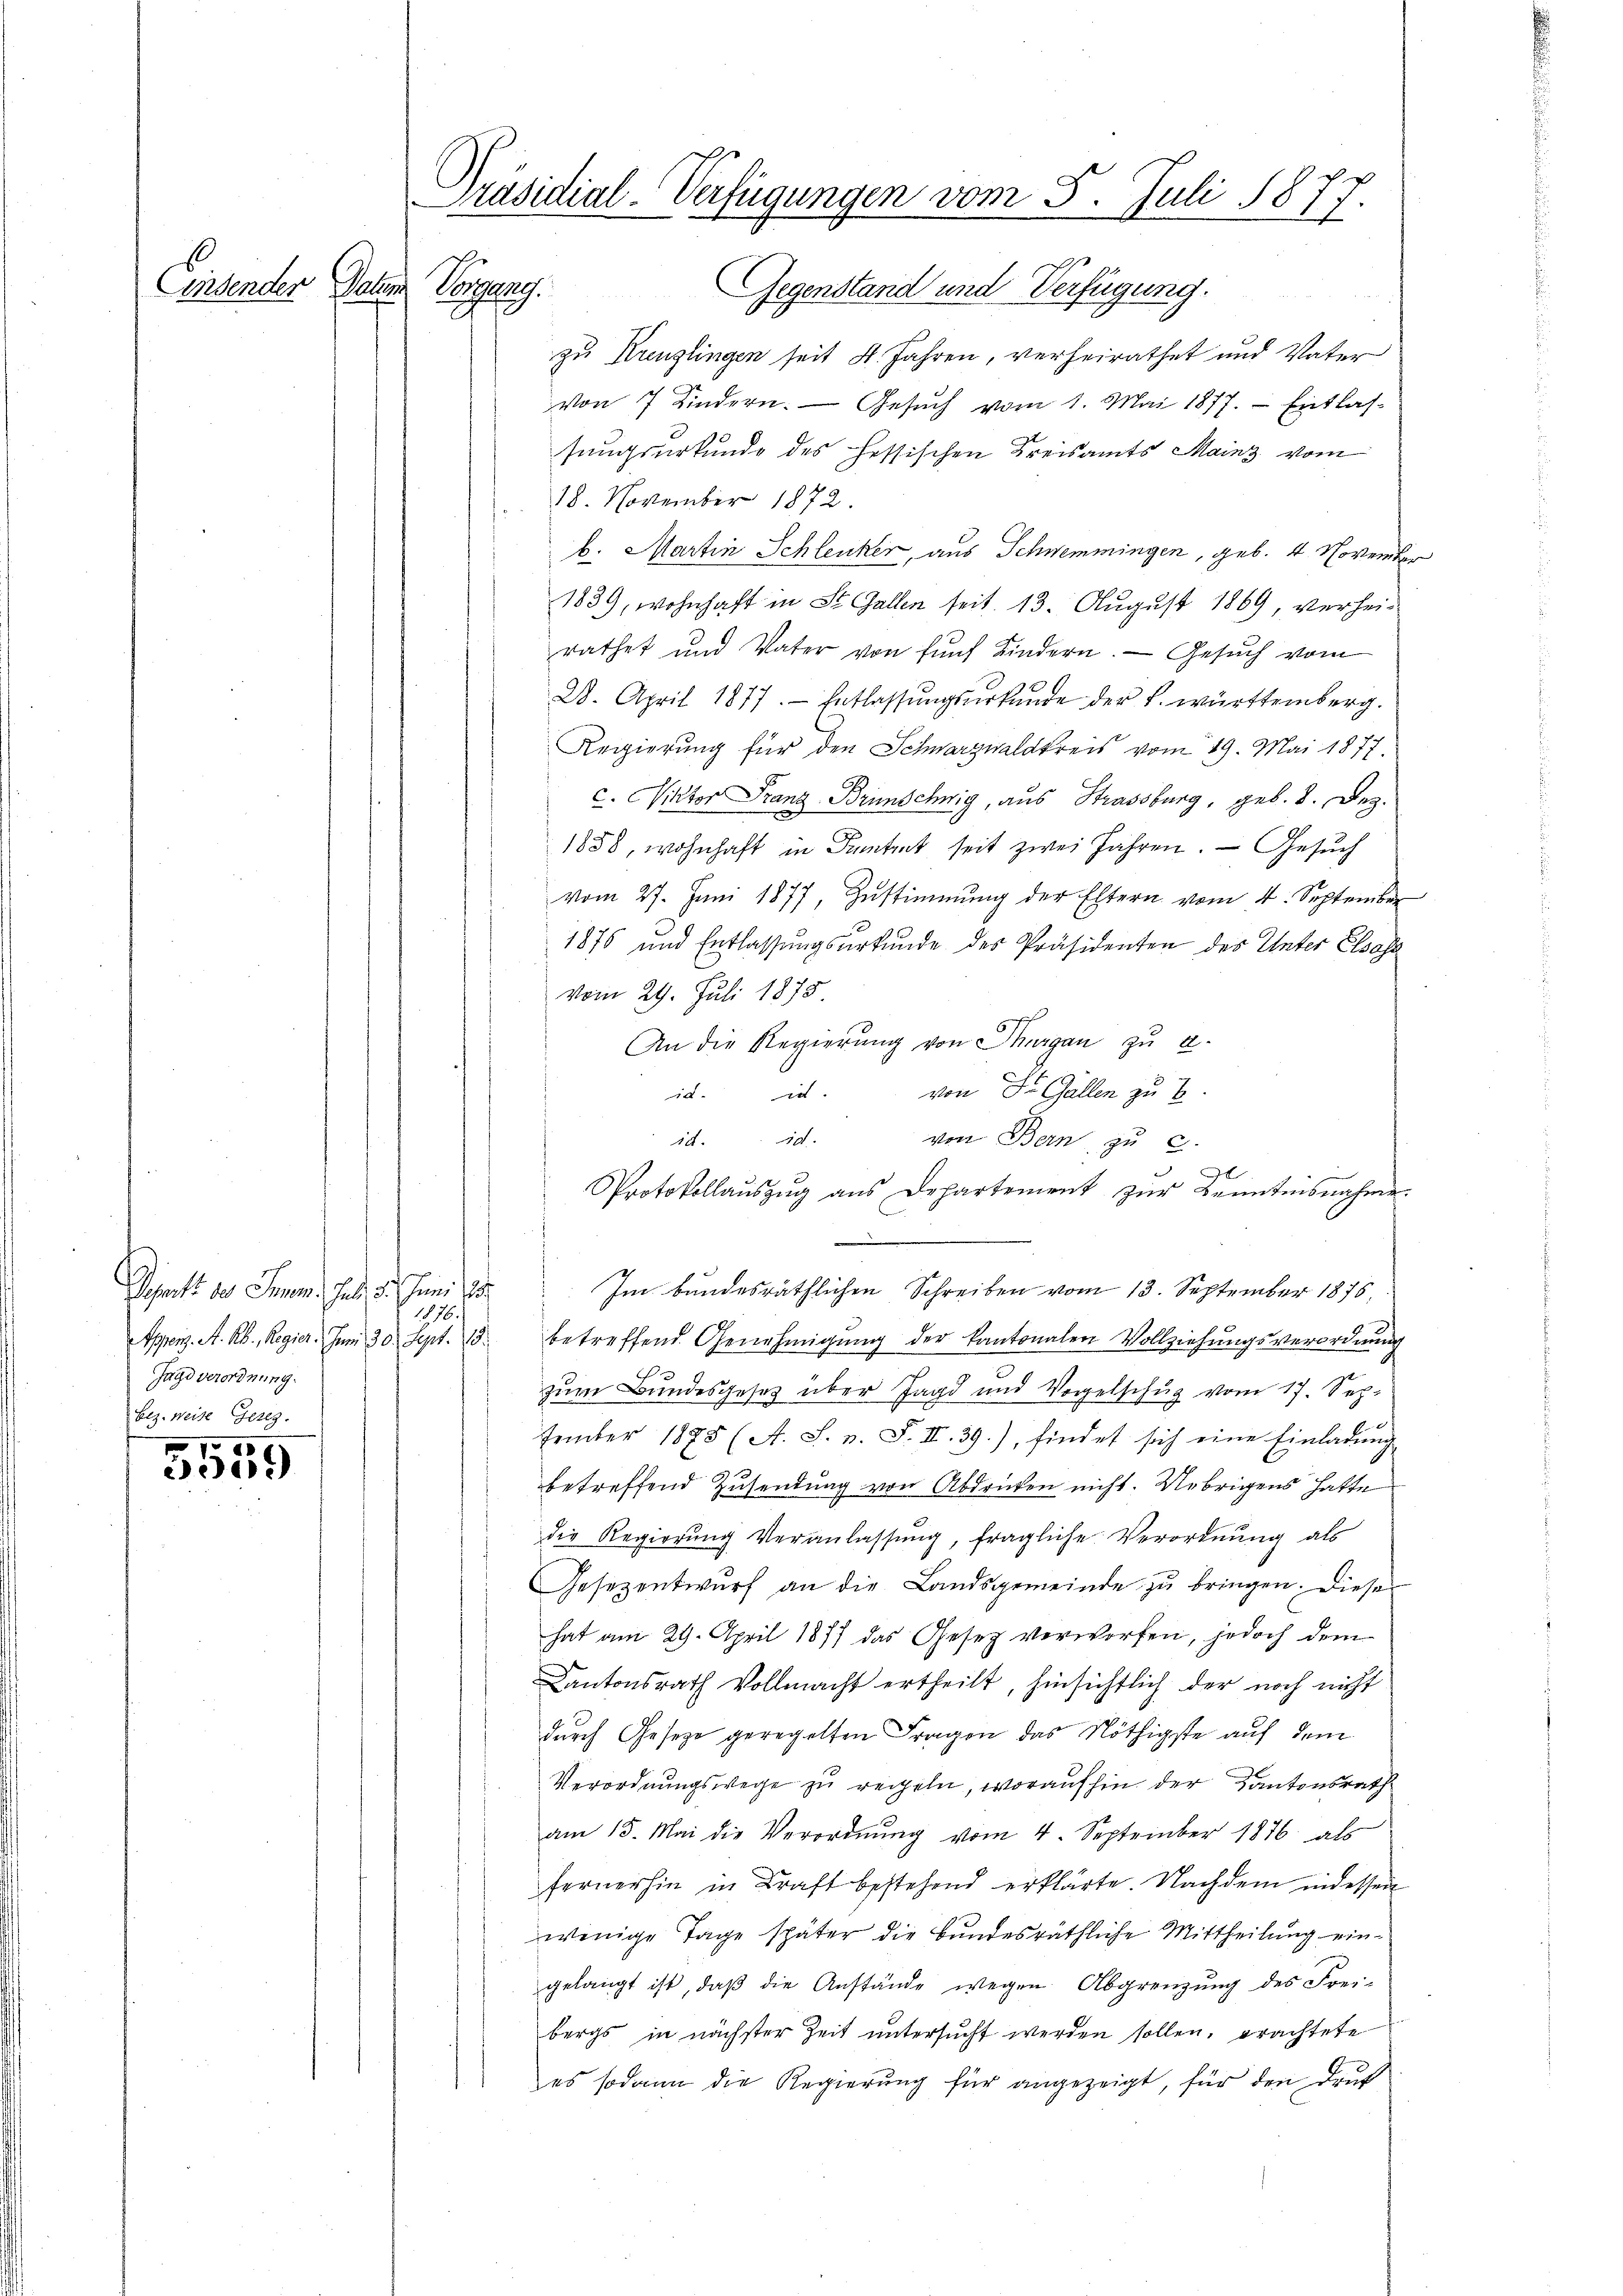
)

Einsenden Daten Vorgang.

Departs des Innen. Ja, d. Juni 18
Jagd verordnung.
bez. Weise Gezeg.
1095

Präsidial-Verfügungen vom 5. Juli 1877.
Gegenstand und Verfügung.

zu Kreuzlingen seit 4. Jahren, verheirathet und Vater
von 7 Kindern. Gesŭch vom 1. Mai 1877. Entlas-
sungsurkunde des hessischen Kreisamts Mainz vom
18. November 1872.
b. Martin Schleiker, aus Schwemmingen, geb. 4. November
1839, wohnhaft in St. Gallen seit 13. August 1869, verheirathet und Vater von fünf Kindern. Gesŭch vom
28. April 1817. Entlassŭngsŭrkunde der k. württemberg.
Regierung für den Schwarzwaldkreis vom 19. Mai 1877.
c. Viktor Franz Brunschnig, aus Strassburg, geb. 8. Dez.
1858, wohnhaft in Antrat seit zwei Jahren. — Gesuch
vom 27. Juni 1877, Zustimmung der Eltern vom 4. September
1876 und Entlassŭngsurkunde des Präsidenten des Unter Elsass
vom 29. Juli 1878.
An die Regierung von Thurgau zu a
von Dr. Gallen zu B
id. d.
Ac. 591.
von Bern, zu c.
¬
I
Protokollaŭszŭg aŭs Departement zŭr Kenntnisnahme.
.
Im bundesräthlichen Schreiben vom 13. September 1875,
1876.
Appenz. A. R., Regier. Zum 30. Sept. 15. betreffend Genehmigŭng der Kantonalen Vollziehŭngsverordnŭng
zum Bundesgesetz über Jagd und Vorgelschŭg vom 17. Sep.
tember 1875 (A. S. v. F. II. 39.), findet sich eine Einladung
betreffend Zusendung von Abdrücken nicht. Uebrigens hatte
die Regierŭng Veranlassŭng, fragliche Verordnŭng als
Gesezentwŭrf an die Landsgemeinde zŭ bringen. Diese
hat am 29. April 1877 das Gesetz verworfen, jedoch dem
Kantonsrath Vollmacht ertheilt, hinsichtlich der noch nicht
durch Gesetze geregelten Fragen das Nöthigste auf dem
Verordnungswege zu regeln, worauf hin der Kantonsrath
am 15. Mai die Verordnŭng vom 4. September 1876 als
fernerhin in Kraft bestehend erklärte. Nachdem indessen
wenige Tage später die Bundesräthliche Mittheilung eingelangt ist, daß die Anstände wegen Abgrenzung des Frei-
bergs in nächster Zeit untersŭcht werden sollen, brachtete
es sodann die Regierung für angezeigt, für den Druk